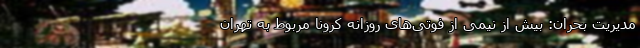
مدیریت بحران: بیش از نیمی از فوتی‌های روزانه کرونا مربوط به تهران